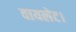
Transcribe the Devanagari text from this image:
वायलेट।